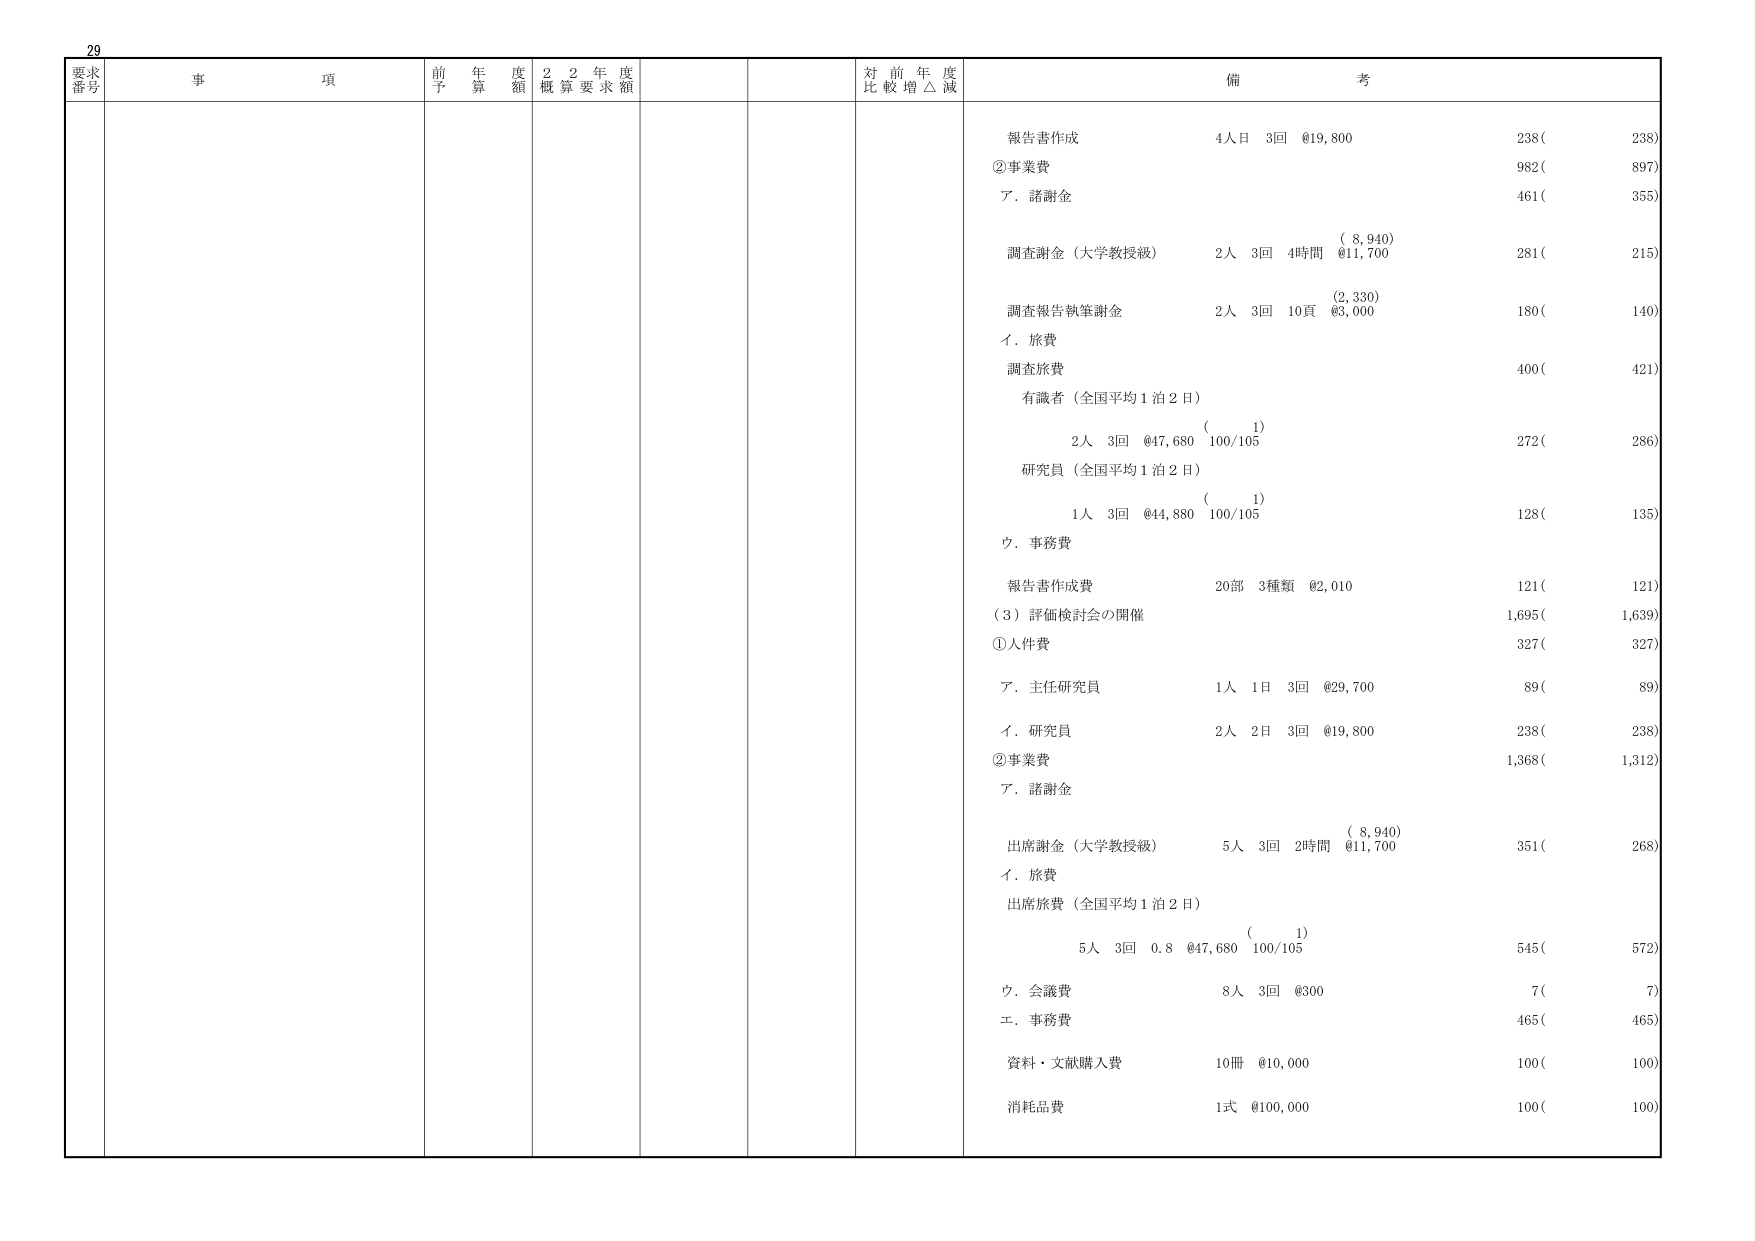
29
要求番号
事項
前年度予算額
22年度概算要求額
対前年度比較増△減
備考
報告書作成
4人日 3回 @19,800
238(
238)
②事業費
982(
897)
ア．諸謝金
461(
355)
( 8,940)
調査謝金（大学教授級）
2人 3回 4時間 @11,700
281(
215)
(2,330)
調査報告執筆謝金
2人 3回 10頁 @3,000
180(
140)
イ．旅費
調査旅費
400(
421)
有識者（全国平均1泊2日）
( 1)
2人 3回 @47,680 100/105
272(
286)
研究員（全国平均1泊2日）
( 1)
1人 3回 @44,880 100/105
128(
135)
ウ．事務費
報告書作成費
20部 3種類 @2,010
121(
121)
（3）評価検討会の開催
1,695(
1,639)
①人件費
327(
327)
ア．主任研究員
1人 1日 3回 @29,700
89(
89)
イ．研究員
2人 2日 3回 @19,800
238(
238)
②事業費
1,368(
1,312)
ア．諸謝金
( 8,940)
出席謝金（大学教授級）
5人 3回 2時間 @11,700
351(
268)
イ．旅費
出席旅費（全国平均1泊2日）
( 1)
5人 3回 0.8 @47,680 100/105
545(
572)
ウ．会議費
8人 3回 @300
7(
7)
エ．事務費
465(
465)
資料・文献購入費
10冊 @10,000
100(
100)
消耗品費
1式 @100,000
100(
100)